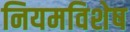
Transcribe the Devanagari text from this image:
नियमविशेष